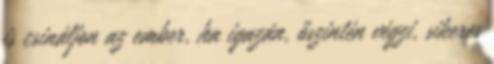
is csináljon az ember, ha igazán, őszintén végzi, sikeres